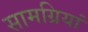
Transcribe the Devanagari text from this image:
सामग्रियां